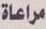
مراعاة